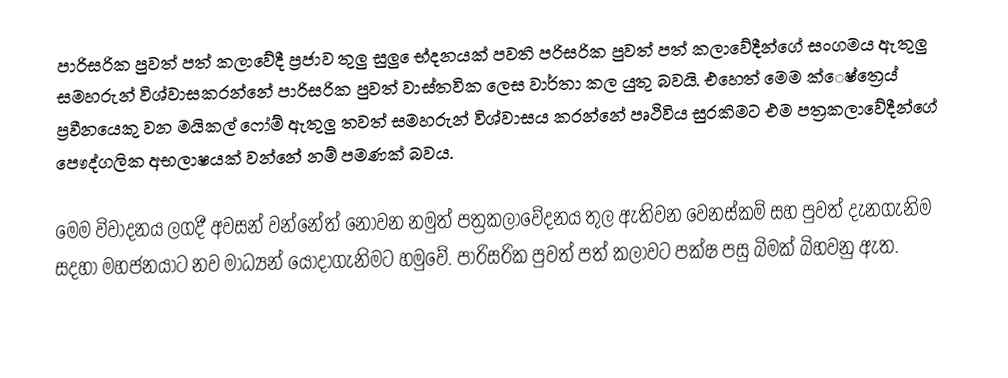
පාරිසරික පුවත් පත් කලාවේදී ප්‍රජාව තුලු සුලු  ෙභ්දනයක් පවති පරිසරික පුවත් පත් කලාවේදීන්ගේ සංගමය ඇතුලු සමහරුන් විශ්වාසකරන්නේ පාරිසරික පුවත් වාස්තවික ලෙස වාර්තා කල යුතු බවයි. එහෙත් මෙම ක්ෙෂ්ත්‍රෙය් ප්‍රවීනයෙකු වන මයිකල් ෆෝම් ඇතුලු තවත් සමහරුන් විශ්වාසය කරන්නේ පෘථිවිය සුරකිමට එම පත්‍රකලාවේදීන්ගේ පෞද්ගලික අභලාෂයක් වන්නේ නම් පමණක් බවය.

මෙම විවාදනය ලගදී අවසන් වන්නේත් නොවන නමුත් පත්‍රකලාවේදනය තුල ඇතිවන වෙනස්කම් සහ පුවත් දැනගැනිම සදහා මහජනයාට නව මාධ්‍යන් යොදාගැනිමට හමුවේ. පාරිසරික පුවත් පත් කලාවට පක්ෂ පසු බිමක් බිහවනු  ඇත.